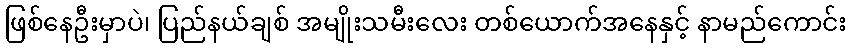
ဖြစ်နေဦးမှာပဲ၊ ပြည်နယ်ချစ် အမျိုးသမီးလေး တစ်ယောက်အနေနှင့် နာမည်ကောင်း